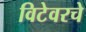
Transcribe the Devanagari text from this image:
विटेवरचे